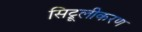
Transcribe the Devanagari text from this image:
सिट्रूलीकरण